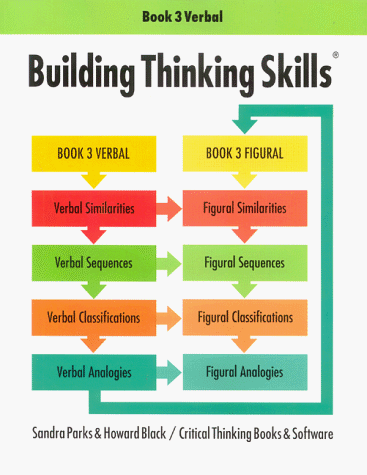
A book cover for Building Thinking Skills: Book 3 Verbal; Howard Black; Teen & Young Adult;